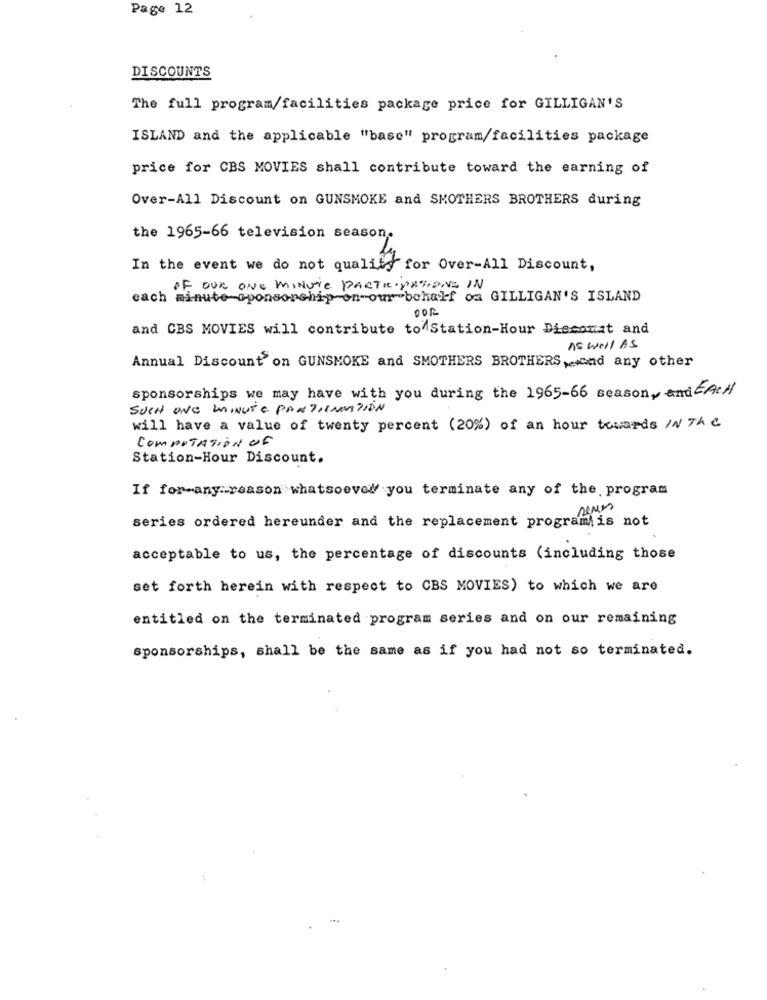
Page 12
DISCOUNTS
The full program/facilities package price for GILLIGAN'S
ISLAND and the applicable "base" program/facilities package
price for CBS MOVIES shall contribute toward the earning of
Over-All Discount on GUNSMOKE and SMOTHERS BROTHERS during
the 1965-66 television season.
In the event we do not quality for Over-All Discount,
OF OUR ONE MINUTE PARTICIPATIONE IN
cach minute-sponsorship on-our behalf oa GILLIGAN'S ISLAND
DOR
and CBS MOVIES will contribute to Station-Hour Discomat and
As well AS
Annual Discount on GUNSMOKE and SMOTHERS BROTHERS, and any other
sponsorships we may have with you during the 1965-66 season, and EACH
SUCH UNG MINUTE PANTHENMATION
will have a value of twenty percent (20%) of an hour towards IN The
COMPUTATION OF
Station-Hour Discount.
If for-any reason whatsoever you terminate any of the program
series ordered hereunder and the replacement programis not
acceptable to us, the percentage of discounts (including those
set forth herein with respect to CBS MOVIES) to which we are
entitled on the terminated program series and on our remaining
sponsorships, shall be the same as if you had not so terminated.